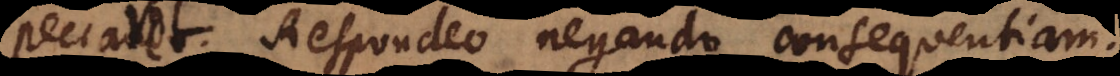
peccaret. Respondeo negando consequentiam.